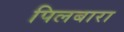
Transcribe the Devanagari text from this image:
पिलबारा